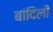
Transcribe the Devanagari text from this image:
बांदिली